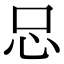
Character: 𢗀